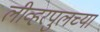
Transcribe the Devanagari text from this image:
लीव्हरपुलच्या